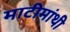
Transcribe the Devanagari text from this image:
माटीमांथी